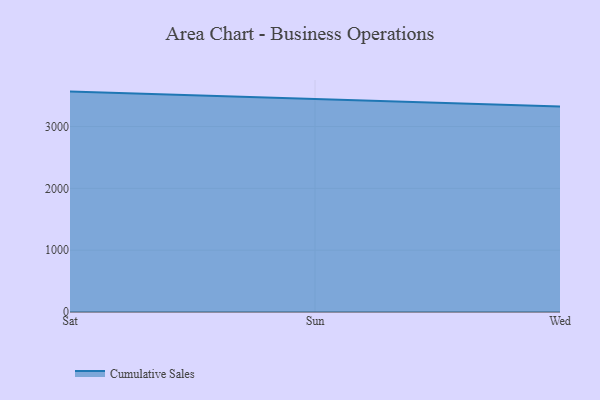
{"axis": {"x": "Day", "y": "Revenue (USD Million)"}, "legend": ["Cumulative Sales"], "data": [{"x": "Sat", "y": 3565.5, "type": "Cumulative Sales"}, {"x": "Sun", "y": 3445.5, "type": "Cumulative Sales"}, {"x": "Wed", "y": 3324.6, "type": "Cumulative Sales"}]}